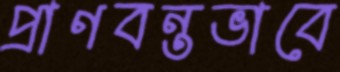
প্রাণবন্তভাবে